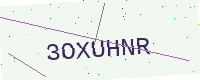
Text: 3OXUHNR